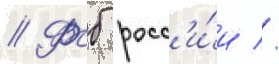
// Фсб росс'и́и //